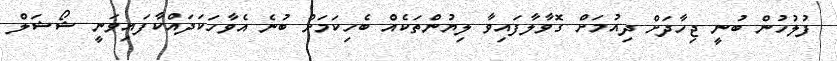
ފުލުހުން ބުނީ ޖިހާދަށް ދިއުމަށް ގޮވާލާފައިވާ ލިޔުންތަކެއް ބެހިކަމަށް ބުނެ އެވާހަކަދައްކާފައިވަނީ ޝޯޝަލް